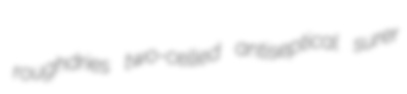
roughdries two-celled antiseptical surer